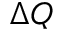
\Delta Q